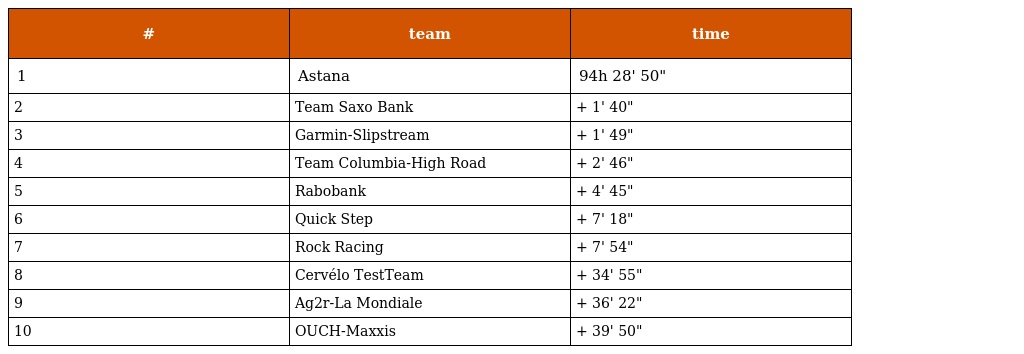
| # | team | time |
 | --- | --- | --- |
 | 1 | Astana | 94h 28' 50" |
 | 2 | Team Saxo Bank | + 1' 40" |
 | 3 | Garmin-Slipstream | + 1' 49" |
 | 4 | Team Columbia-High Road | + 2' 46" |
 | 5 | Rabobank | + 4' 45" |
 | 6 | Quick Step | + 7' 18" |
 | 7 | Rock Racing | + 7' 54" |
 | 8 | Cervélo TestTeam | + 34' 55" |
 | 9 | Ag2r-La Mondiale | + 36' 22" |
 | 10 | OUCH-Maxxis | + 39' 50" |